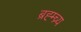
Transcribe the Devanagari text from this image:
ब्रह्म्च्र्य